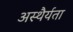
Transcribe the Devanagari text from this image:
अस्थैर्यता